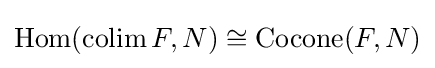
\operatorname {Hom} (\operatorname {colim} F,N)\cong \operatorname {Cocone} (F,N)